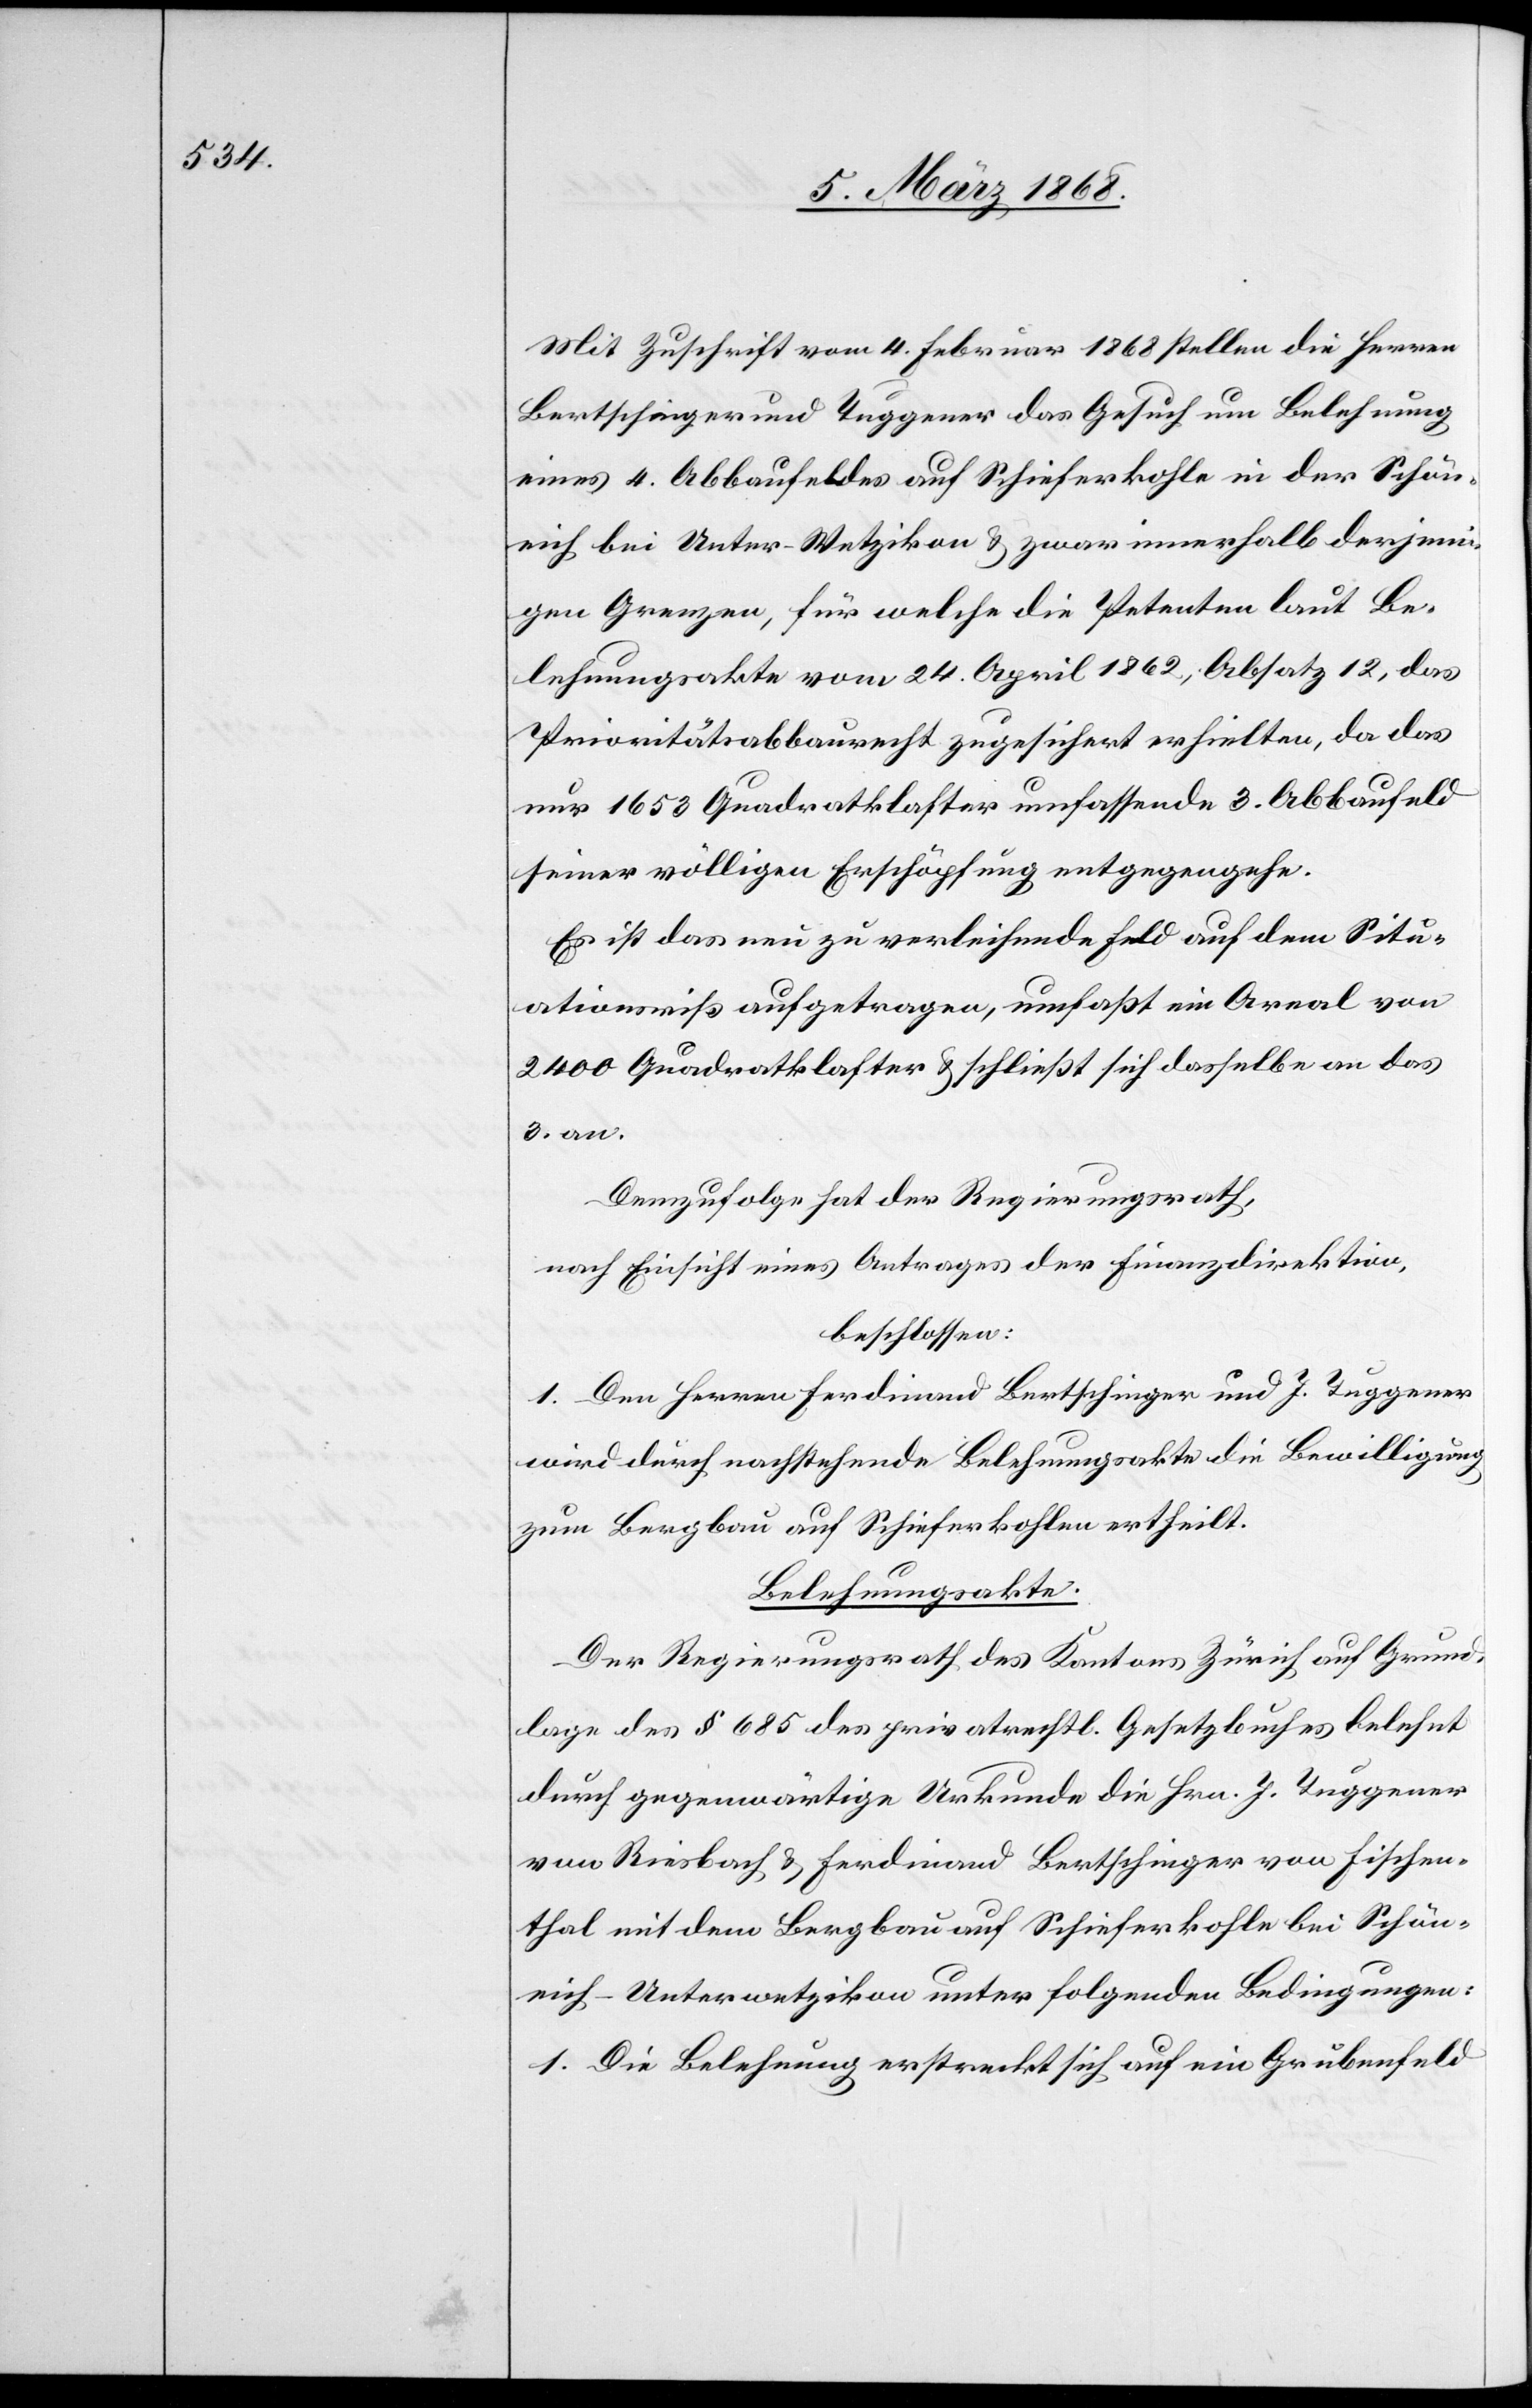
Mit Zuschrift vom 4. Februar 1868 stellen die Herren
Bertschinger und Tuggener das Gesuch um Belehnung
eines 4. Abbaufeldes auf Schieferkohle in der Schön¬
eich bei Unter-Wetzikon & zwar innerhalb derjeni¬
gen Grenzen, für welche die Petenten laut Be¬
lehnungsakte vom 24. April 1862, Absatz 12, das
Prioritätsabbaurecht zugesichert erhielten, da das
nur 1653 Quadratklafter umfassende 3. Abbaufeld
seiner völligen Erschöpfung entgegengehe.
Es ist das neu zu verleihende Feld auf dem Situ¬
ationsriß aufgetragen, umfaßt ein Areal von
2400 Quadratklafter & schließt sich dasselbe an das
3. an.
Demzufolge hat der Regierungsrath,
nach Einsicht eines Antrages der Finanzdirektion,
beschlossen:
1. Den Herren Ferdinand Bertschinger und J. Tuggener
wird durch nachstehende Belehnungsakte die Bewilligung
zum Bergbau auf Schieferkohlen ertheilt.
Belehnungsakte.
Der Regierungsrath des Kantons Zürich auf Grund¬
lage des § 685 des privatrechtl. Gesetzbuches belehnt
durch gegenwärtige Urkunde die Hrn. J. Tuggener
von Riesbach & Ferdinand Bertschinger von Fischen¬
thal mit dem Bergbau auf Schieferkohle bei Schön¬
eich-Unterwetzikon unter folgenden Bedingungen:
1. Die Belehnung erstreckt sich auf ein Grubenfeld